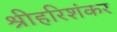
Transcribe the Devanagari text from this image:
श्रीहरिशंकर